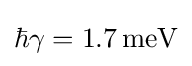
\hbar \gamma =1.7\,\mathrm {meV}